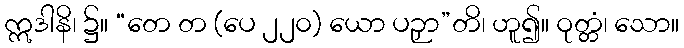
ဣဒါနိ၊ ၌။ “တေ တ (ပေ ၂၂၀) ယော ပဉှာ”တိ၊ ဟူ၍။ ဝုတ္တံ၊ သော။